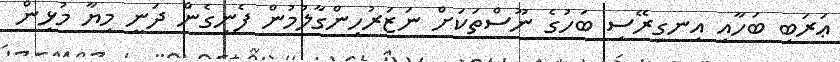
ޢަރަބި ބަހާއި އިނގިރޭސި ބަހުގެ ނޫސްތަކަށް ނަޒަރުހިންގާލުމުން ފެނިގެން ދަނީ މިޔާ މުޅިން